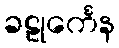
ခဠုင်္ကေန